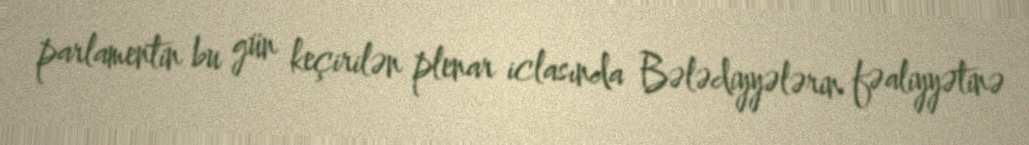
parlamentin bu gün keçirilən plenar iclasında Bələdiyyələrin fəaliyyətinə